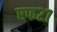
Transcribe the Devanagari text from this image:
एफ२७